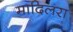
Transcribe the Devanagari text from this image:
मादिलरा